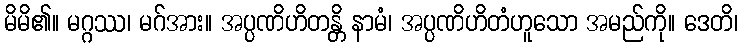
မိမိ၏။ မဂ္ဂဿ၊ မဂ်အား။ အပ္ပဏိဟိတန္တိ နာမံ၊ အပ္ပဏိဟိတံဟူသော အမည်ကို။ ဒေတိ၊